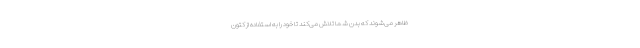
ظاهر می‌شوند که بدن شما تلاش می‌کند تا خود را به استفاده از کتون